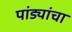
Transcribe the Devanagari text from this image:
पांड्यांचा